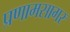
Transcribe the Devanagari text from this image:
प्रणामसागर